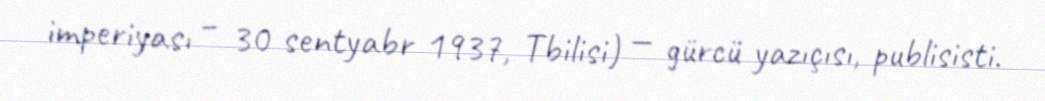
imperiyası – 30 sentyabr 1937, Tbilisi) — gürcü yazıçısı, publisisti.